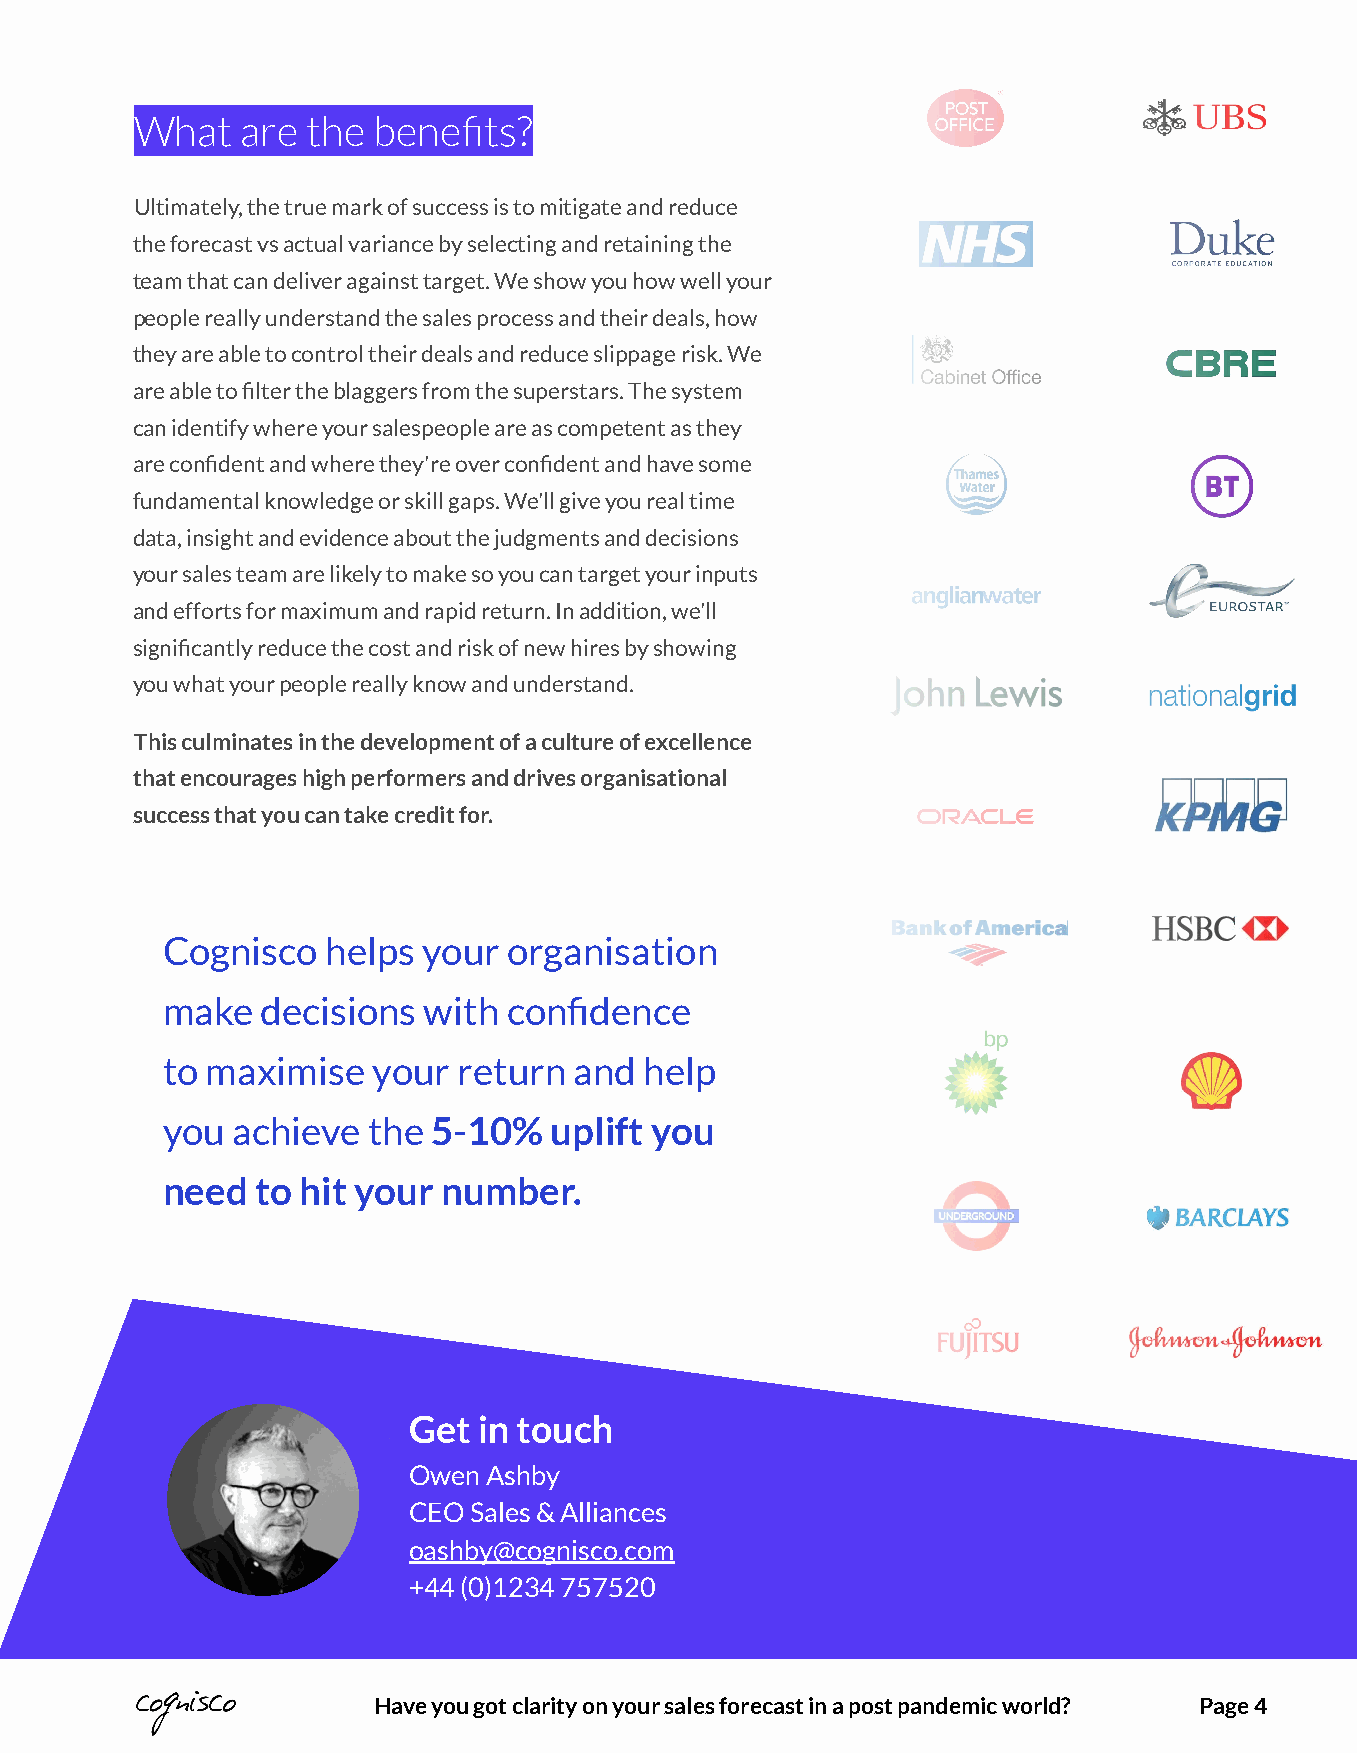
What   are the  benefits?
 Ultimately, the true mark of success is to mitigate and reduce
 the forecast vs actual variance by selecting and retaining the
 team that can deliver against target. We show you how well your
 people really understand the sales process and their deals, how
 they are able to control their deals and reduce slippage risk. We
 are able to filter the blaggers from the superstars. The system
 can identify where your salespeople are as competent as they
 are confident and where they're over confident and have some
 fundamental knowledge or skill gaps. We'll give you real time
 data, insight and evidence about the judgments and decisions
 your sales team are likely to make so you can target your inputs
 and efforts for maximum and rapid return. In addition, we'll
 significantly reduce the cost and risk of new hires by showing
 you what your people really know and understand.
 This culminates in the development of a culture of excellence
 that encourages high performers and drives organisational
 success that you can take credit for.
 Cognisco   helps your  organisation
 make  decisions  with  confidence
 to maximise   your return  and  help
 you achieve  the  5-10%  uplift you
 need  to hit your number.
 Get  in touch
 Owen Ashby
 CEO Sales & Alliances
 oashby@cognisco.com
 +44 (0)1234 757520
 Have you got clarity on your sales forecast in a post pandemic world? Page 4